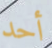
أحد